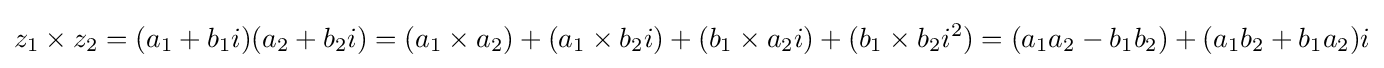
z_{1}\times z_{2}=(a_{1}+b_{1}i)(a_{2}+b_{2}i)=(a_{1}\times a_{2})+(a_{1}\times b_{2}i)+(b_{1}\times a_{2}i)+(b_{1}\times b_{2}i^{2})=(a_{1}a_{2}-b_{1}b_{2})+(a_{1}b_{2}+b_{1}a_{2})i